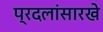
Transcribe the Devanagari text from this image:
प्रदलांसारखे